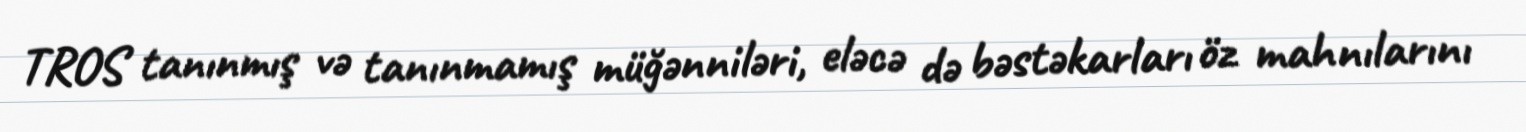
TROS tanınmış və tanınmamış müğənniləri, eləcə də bəstəkarları öz mahnılarını